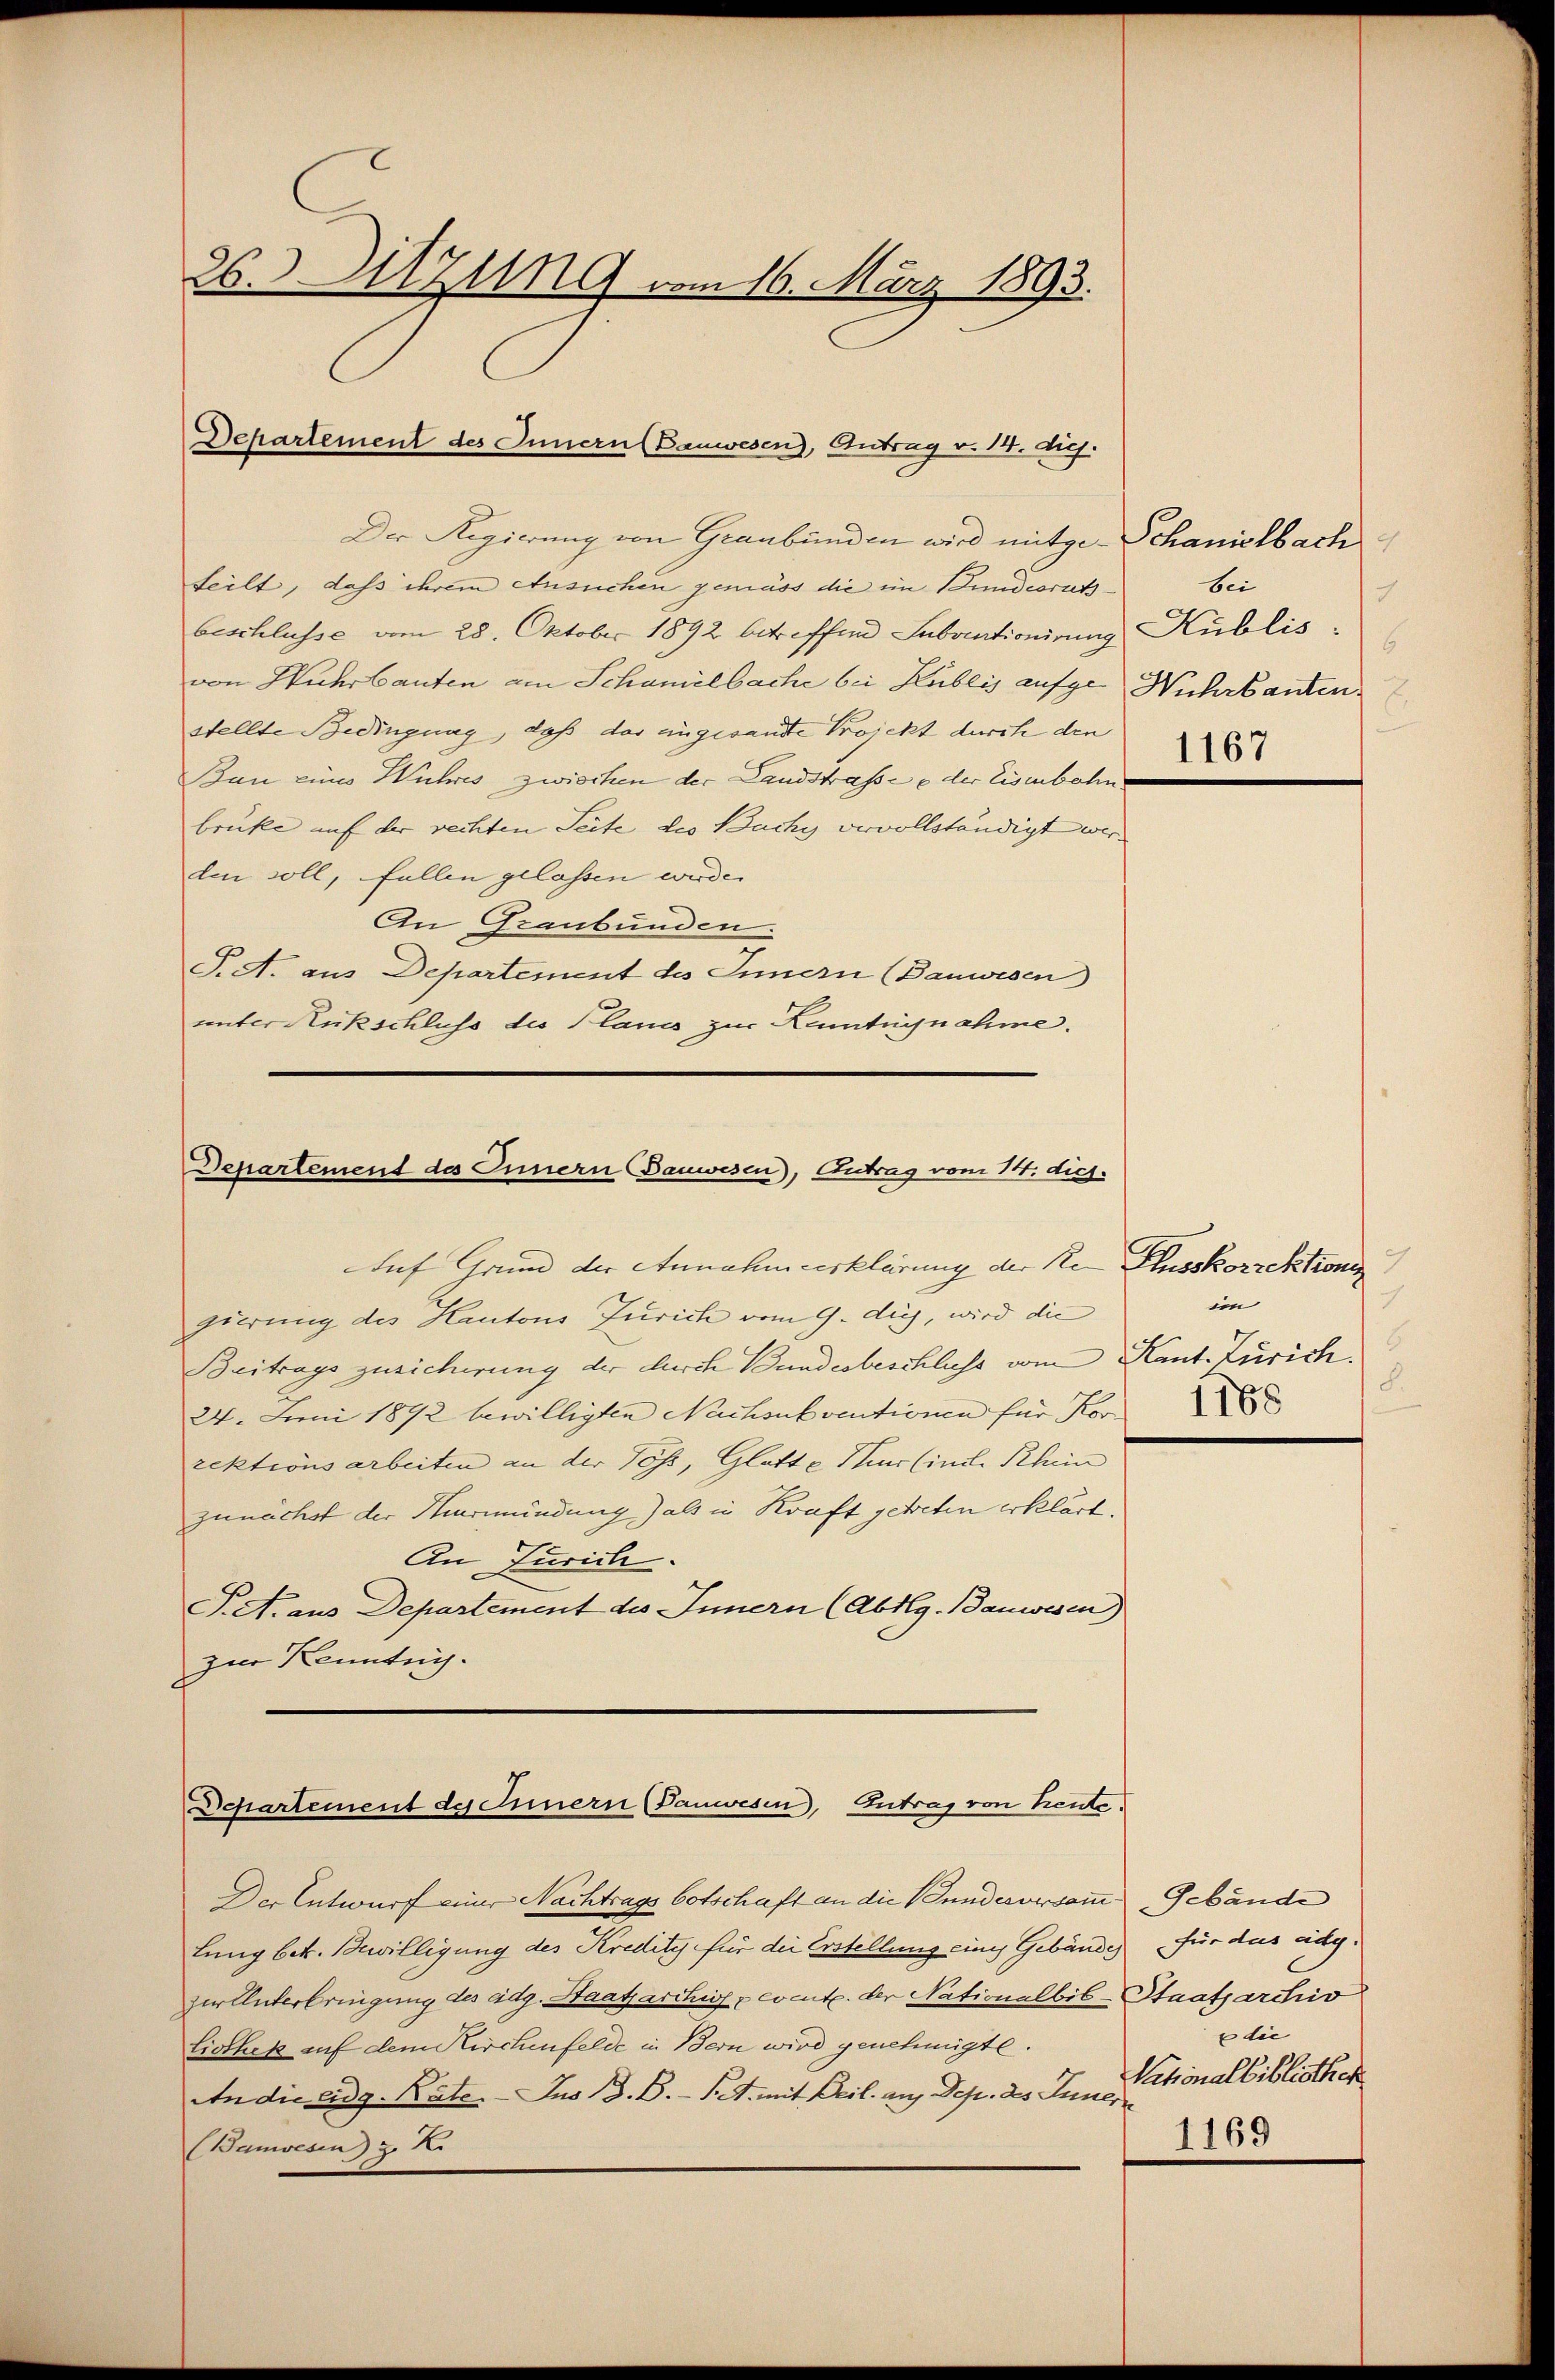
26.Zug vom 16. März 1893.

Departement des Innern (Bauwesen, Antrag v. 14. diej.

Der Regierung von Graubünden wird mitge-Schanielbach
teilt, dass ihrem Ansuchen gemäss die im Bundesrat
beschlüsse am 28. Oktober 1892 betreffend Fabrationirung Kublis:
von Huhrbauten am Schanielbache bei Kublis aufge- Wuhrkanten
stellte Bedingung, daß des eingesandte Proickt durch den
Ban eines Wuhres zwischen der Landstrasse der Eisenbahn
brücke auf der rechten Seite des Buchy vervollständigt wer- |
den soll, fallen gelassen wurde.
An Graubünden.
J. A. aus Departement des Innern (Bauwesen
unter Rückschluss des Planes zur Letugnahme.

Departement des Innern Bauwesen, Antrag vom 14. dich.

Departement des Innern (Panwesen, Eintrag/Antrag von heute.

Auf Grund der Annahmeerklärung der Re Flusskorrektionis
gierung des Hautons Turich vom 9. dies, wird die
Beitrags zusicherung der durch Bundesbeschluss vom Kant. Zürich.
24. Juni 1892 bewilligten Nachsubventionen für Kor
rektionsarbeiten an der Poss, Glatt e Pius (inde Rhein
zunächst der Hiermündung als in Kraft getreten erklärt.
An Turich.
J. A. aus Departement des Innern (Abtlg. Bauwesen)
zur Kenntnis.

Der Entwurf einer Nachtrags botschaft an die Bund vorsammlung betr. Bewilligung des Kredity für die Erstellung eines Gebäudes
Zur Unterbringung des eidg. Staatsarchivs & event. der Nationalbib-Staatsarchiv
Liothek auf dem Kirchenfelde in Bern wird genehmigte.
An die eidg. Kate. - Jus 18. B. P. mit Beil. auf Dep. des Inner
Banwesen) Z X

bei
6
1167

ch
im
6
8.

Gebände
für das adg.
Edie
Nationalbibliothek
1169